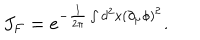
LaTeX: J _ { F } = e ^ { - \frac { 1 } { 2 \pi } \int d ^ { 2 } x ( \partial _ { \mu } \phi ) ^ { 2 } } .